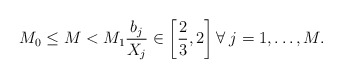
\begin{align*}M_0 \leq M < M_1 \frac{b_j}{X_j} \in \left[\frac{2}{3}, 2\right] \forall \; j=1,\ldots,M.\end{align*}